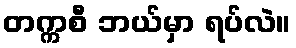
တက္ကစီ ဘယ်မှာ ရပ်လဲ။